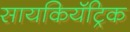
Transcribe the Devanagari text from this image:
सायकियॅट्रिक